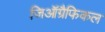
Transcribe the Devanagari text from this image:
जिऑग्रैफिकल